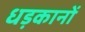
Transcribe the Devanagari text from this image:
धड़कानों